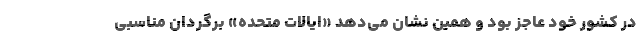
در کشور خود عاجز بود و همین نشان می‌دهد «ایالات متحده» برگردان مناسبی